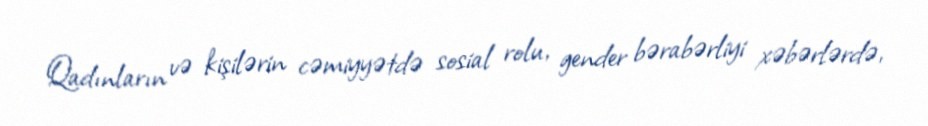
Qadınların və kişilərin cəmiyyətdə sosial rolu, gender bərabərliyi xəbərlərdə,